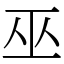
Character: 巫